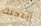
أزعجتك